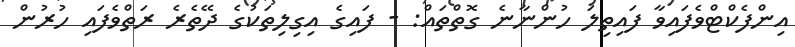
އިންފެކްޓްވެފައިވާ ފައިތިލަ ހުންނާނެ ގޮތްތައް: - ފައިގެ އިގިލިތަކުގެ ދޭތެރެ ރަތްވެފައި ހުރުން